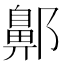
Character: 𨞳